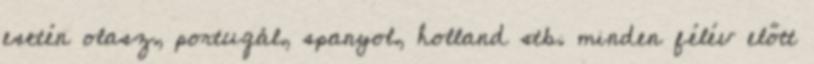
esetén olasz, portugál, spanyol, holland stb. minden félév előtt